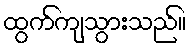
ထွက်ကျသွားသည်။